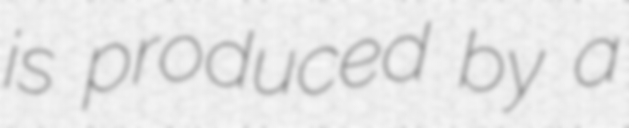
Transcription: is produced by a